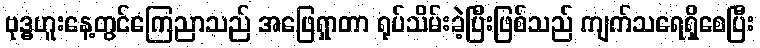
ဗုဒ္ဓဟူးနေ့တွင်ကြေညာသည် အဖြေရှာတာ ရုပ်သိမ်းခဲ့ပြီးဖြစ်သည် ကျက်သရေရှိစေပြီး